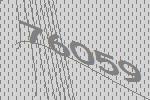
76059